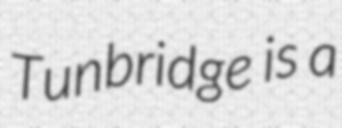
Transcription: Tunbridge is a